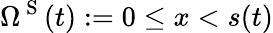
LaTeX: \Omega^{\mathrm{~S~}}(t):=0\le x<s(t)